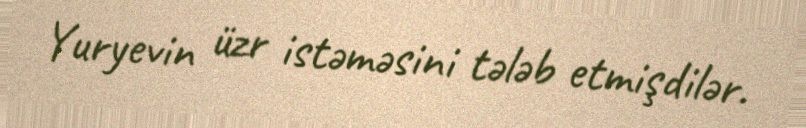
Yuryevin üzr istəməsini tələb etmişdilər.